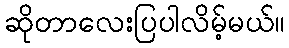
ဆိုတာလေးပြပါလိမ့်မယ်။